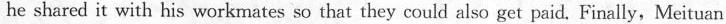
he shared it with his workmates so that they could also get paid. Finally, Meituan